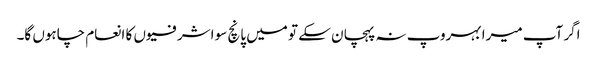
اگر آپ میرا بہروپ نہ پہچان سکے تو میں پانچ سو اشرفیوں کا انعام چاہوں گا۔